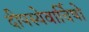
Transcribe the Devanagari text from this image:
दीपस्येवार्चिषो